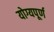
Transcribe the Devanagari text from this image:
योग्यपूर्ण